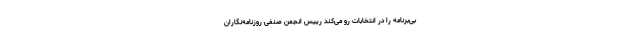
بی‌برنامه را در انتخابات رو می‌کند رییس انجمن صنفی روزنامه‌نگاران